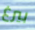
بيرغ